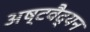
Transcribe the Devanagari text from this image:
अष्टवैद्यन